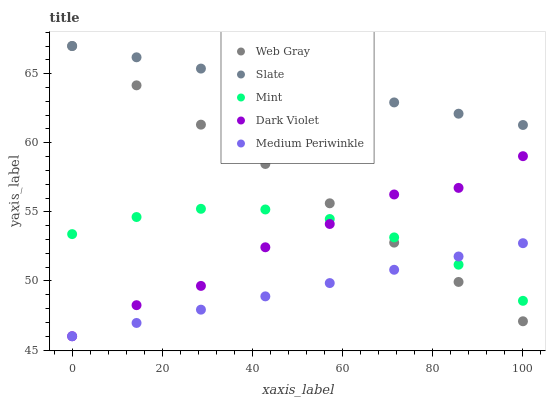
| xaxis_label | Web Gray | Slate | Mint | Dark Violet | Medium Periwinkle |
 | --- | --- | --- | --- | --- | --- |
 | 0 | 67 | 67 | 53.4 | 46 | 46 |
 | 14.3 | 64.2 | 66.2 | 54.6 | 48.2 | 47 |
 | 28.6 | 61.3 | 65.4 | 55.2 | 49.6 | 47.9 |
 | 42.9 | 58.5 | 64.6 | 55.2 | 52.4 | 48.9 |
 | 57.1 | 55.6 | 63.7 | 54.5 | 54.1 | 49.8 |
 | 71.4 | 52.8 | 62.9 | 53.2 | 56.3 | 50.8 |
 | 85.7 | 49.9 | 62.1 | 51.2 | 56.7 | 51.8 |
 | 100 | 47.1 | 61.3 | 48.6 | 59 | 52.7 |